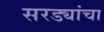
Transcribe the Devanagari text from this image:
सरड्यांचा